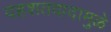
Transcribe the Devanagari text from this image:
दहशतवादामुळे